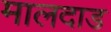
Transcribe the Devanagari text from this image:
मालदाड